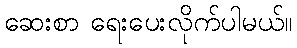
ဆေးစာ ရေးပေးလိုက်ပါမယ်။